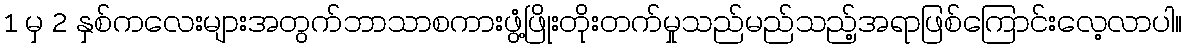
1 မှ 2 နှစ်ကလေးများအတွက်ဘာသာစကားဖွံ့ဖြိုးတိုးတက်မှုသည်မည်သည့်အရာဖြစ်ကြောင်းလေ့လာပါ။